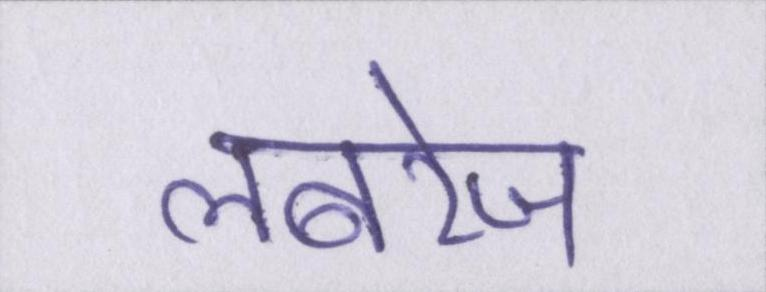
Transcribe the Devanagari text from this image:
लबरेज